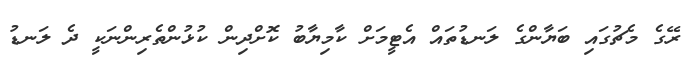
ރޭގެ މެޗުގައި ބަޔާންގެ ލަނޑުތައް އެޓީމަށް ކާމިޔާބު ކޮށްދިން ކުޅުންތެރިންނަކީ ދެ ލަނޑު